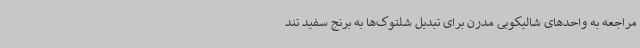
مراجعه به واحدهای شالیکوبی مدرن برای تبدیل شلتوک‌ها به برنج سفید تند